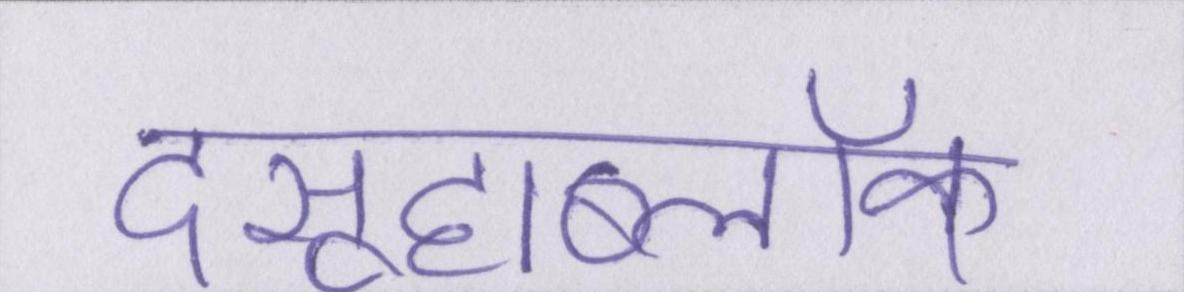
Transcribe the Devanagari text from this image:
दसूहाब्लॉक